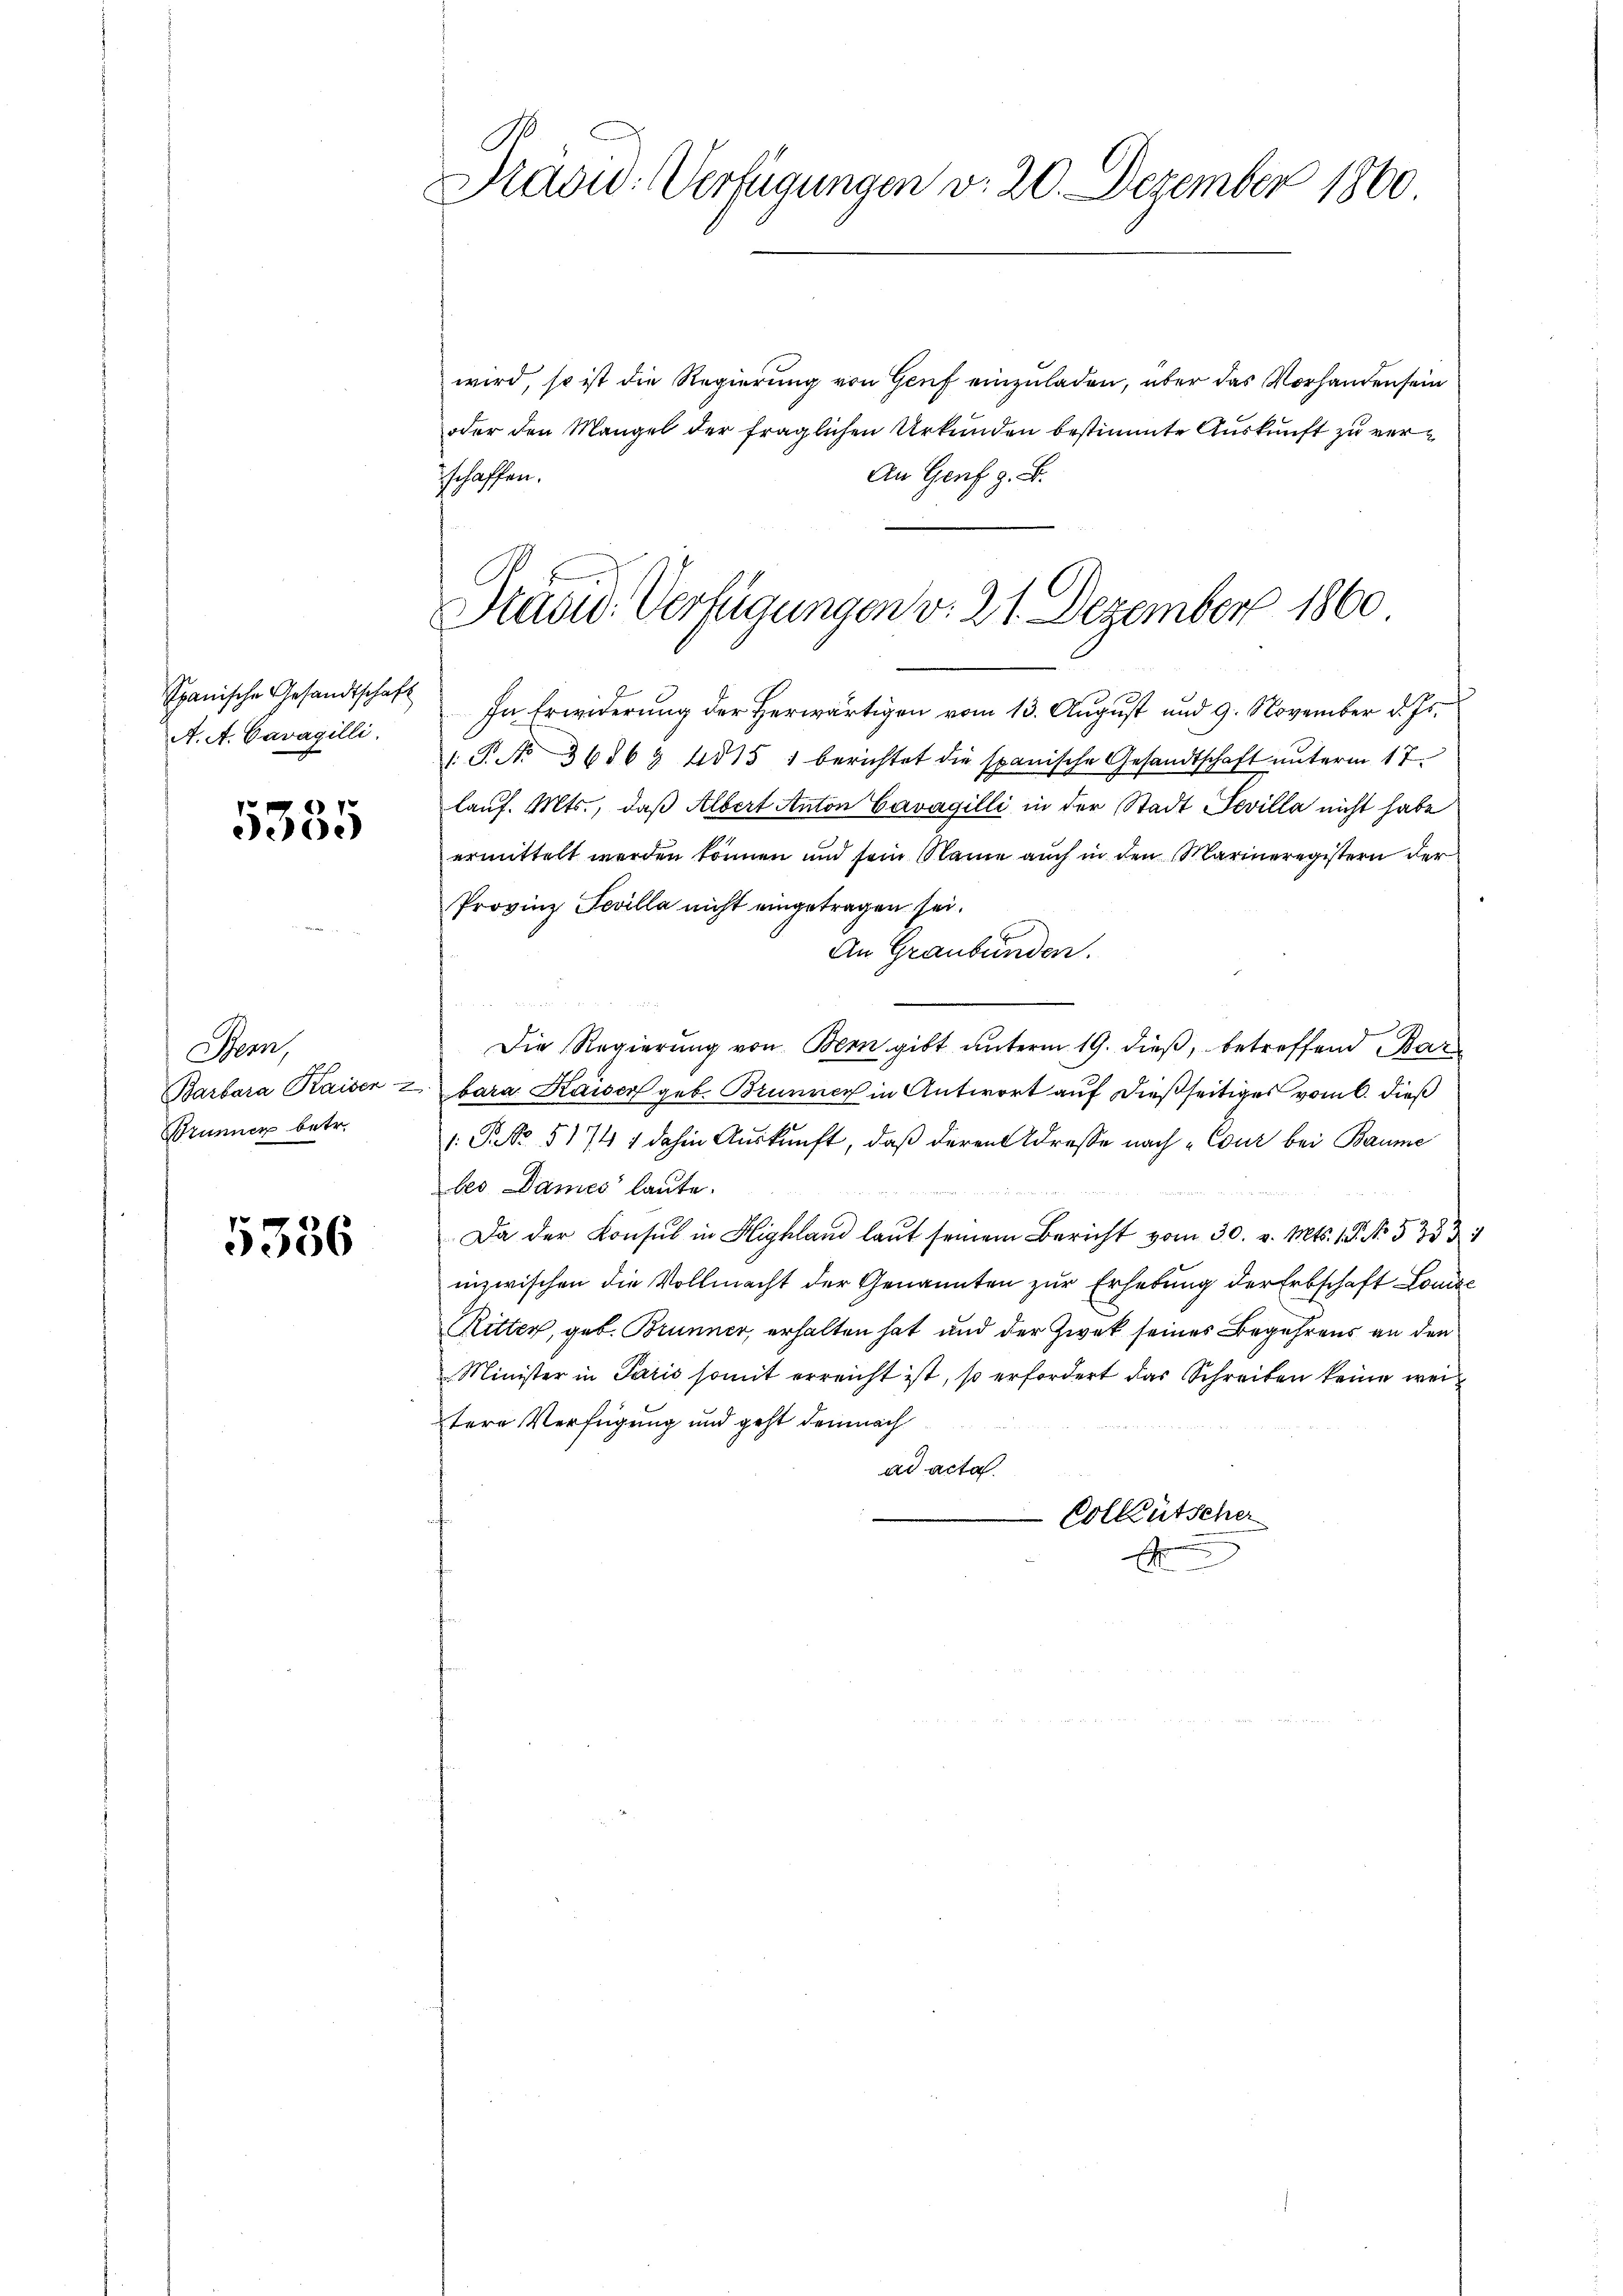
Spanische Gesandtschaft
A. A. Cavagilli

5335

Bern,
Barbara Kaisen-
Brunner betr.

5356

l
Brasid. Verfügungen v. 20. Dezember 1860.

wird, so ist die Regierung von Genf einzuladen, über das Vorhanden sein
oder den Mangel der fraglichen Urkunden bestimmte Auskunft zu ver¬
An Genf z. B.
schaffen.

Stäsid. Verfügungen v. 21. Dezember 1860

In Erwiderung der Herwärtigen vom 13. August und 9. November d. Js.
(T. No. 3636 & 4015 1 berichtet die spanische Gesandtschaft ŭnterm 17.
lauf. Mts., daß Albert Anton Cavagilli in der Stadt Sevilla nicht habe
ermittelt werden können und sein Name auch in den Marieregistern der
Provinz Fevilla nicht eingetragen sei.
An Graubünden.
s
Die Regierung von Bern gibt unterm 19. dieß, betreffend Bar
bara Kaiser geb. Brunner in Antwort auf dießseitiges vom 6. dieß
1: P. NNo. 51741 dahin Auskunft, daß deren Adresse nach „Cour bei Baume
bes Dames laute.
Da der Consul in Highland laut seinem Bericht vom 30. v. Mts. 1. No. 5333
inzwischen die Vollmacht der Genannten zur Erhebung der Erbschaft Louise
Ritter, geb. Brunner, erhalten hat und der Zwek seines Begehrens an den
Minister in Paris somit erreicht ist, so erfordert das Schreiben keine weitere Verfügung und geht demnach
ad acta.
Volktütscher